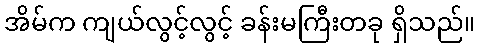
အိမ်က ကျယ်လွင့်လွင့် ခန်းမကြီးတခု ရှိသည်။